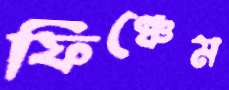
ফিঞ্চেম